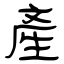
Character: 產